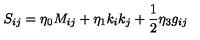
S _ { i j } = \eta _ { 0 } M _ { i j } + \eta _ { 1 } k _ { i } k _ { j } + { \frac { 1 } { 2 } } \eta _ { 3 } g _ { i j }